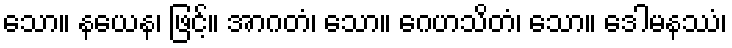
သော။ နယေန၊ ဖြင့်။ အာဂတံ၊ သော။ ဂေဟသိတံ၊ သော။ ဒေါမနဿံ၊